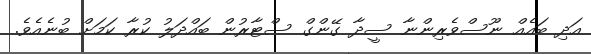
އަދި ބައެއް ނޫސްވެރިންނާ ސީދާ ގޭންގް ސްޓާރުން ބައްދަލު ކުރާ ކަމަށް ބުނެއެވެ.